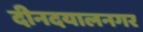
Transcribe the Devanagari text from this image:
दीनदयालनगर